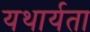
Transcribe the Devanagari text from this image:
यथार्यता